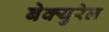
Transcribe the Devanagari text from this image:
बेक्युरेल